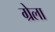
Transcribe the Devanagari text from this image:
ग्रेला